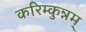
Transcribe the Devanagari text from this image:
करिम्कुन्नम्